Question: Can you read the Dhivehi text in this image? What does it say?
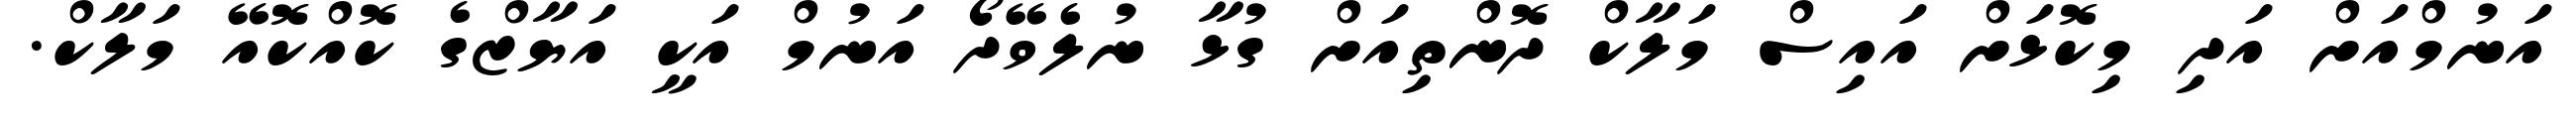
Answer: އަނުމްއަށް އަދި މިކޮޅަށް އައިސް މަލާކް ދޮންތިއަށް ގުޅާ ނުލެވޭދޯ އަނުމް އަކީ އަޔާޒްގެ ކޮއްކޮއޭ މަލާކް.